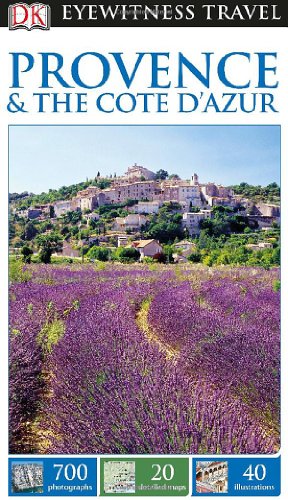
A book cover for DK Eyewitness Travel Guide: Provence & The Cote d'Azur; DK Publishing; Travel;